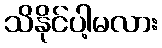
သိနိုင်ပါ့မလား